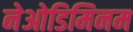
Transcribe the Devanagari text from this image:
नेओडिमिनम